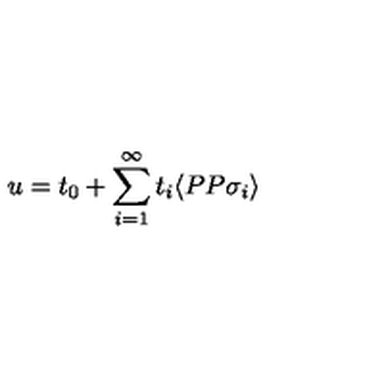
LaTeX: u = t _ { 0 } + \sum _ { i = 1 } ^ { \infty } t _ { i } \langle P P \sigma _ { i } \rangle